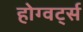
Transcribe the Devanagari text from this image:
होग्वर्ट्स